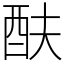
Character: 酜